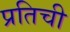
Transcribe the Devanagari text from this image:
प्रतिची